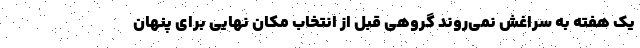
یک هفته به سراغش نمی‌روند گروهی قبل از انتخاب مکان نهایی برای پنهان